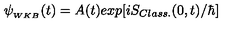
\psi _ { _ { W K B } } ( t ) = A ( t ) e x p [ i S _ { C l a s s . } ( 0 , t ) / \hbar ]